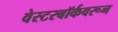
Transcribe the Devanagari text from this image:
वेस्टरबॉर्कवरून